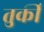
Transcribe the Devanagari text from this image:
तुर्कीं